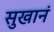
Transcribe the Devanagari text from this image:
सुखानं